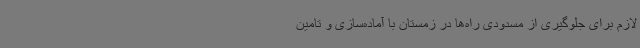
لازم برای جلوگیری از مسدودی راه‌ها در زمستان با آماده‌سازی و تامین